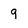
Character: 9